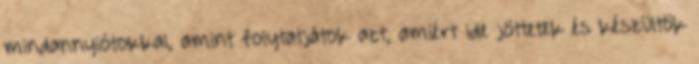
mindannyiótokkal, amint folytatjátok azt, amiért ide jöttetek és készültök